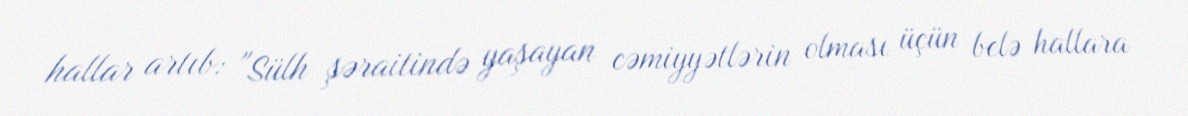
hallar artıb: "Sülh şəraitində yaşayan cəmiyyətlərin olması üçün belə hallara